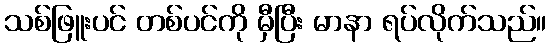
သစ်ဖြူးပင် တစ်ပင်ကို မှီပြီး မာနာ ရပ်လိုက်သည်။